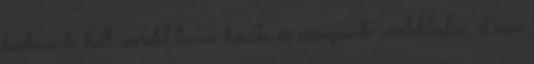
tudnunk kell rendet tenni közte és magunk szelektálni. Nem